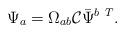
LaTeX: \begin{align*}\Psi_{ a }=\Omega_{ a b }{\cal C}\bar\Psi^{ b \ T}.\end{align*}